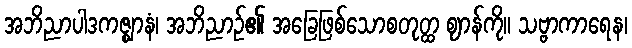
အဘိညာပါဒကဇ္ဈာနံ၊ အဘိညာဉ်၏ အခြေဖြစ်သောစတုတ္ထ ဈာန်ကို။ သဗ္ဗာကာရေန၊